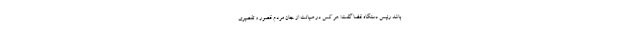
باشد رئیس دستگاه قضا گفت: هر کس در صیانت از جان مردم قصور و تقصیری